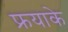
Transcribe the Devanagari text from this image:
फ्रयाके